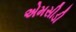
એમસીડી